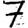
Digit: 7